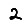
Digit: 2